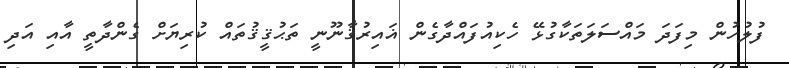
ފުލުހުން މިފަދަ މައްސަލަތަކާގުޅޭ ހެކިއުފައްދާގެން ޣައިރުޤާނޫނީ ތަޙުޤީޤުތައް ކުރިޔަށް ގެންދާތީ އާއި އަދި